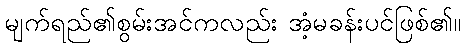
မျက်ရည်၏စွမ်းအင်ကလည်း အံ့မခန်းပင်ဖြစ်၏။